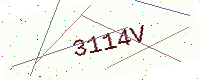
Text: 3114V